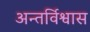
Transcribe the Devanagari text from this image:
अन्तर्विश्वास